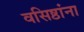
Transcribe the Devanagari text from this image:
वसिष्ठांना